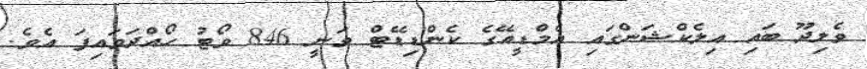
ވެލިދޫ ބައި އިލެކްޝަންގައި އެމްޑީއޭގެ ކެންޑިޑޭޓް ވަނީ 846 ވޯޓު ހޯއްދަވައިފަ އެވެ.